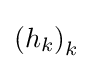
\left(h_{k}\right)_{k}